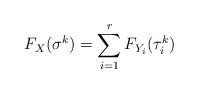
LaTeX: \begin{align*}F_X(\sigma^k) = \sum_{i=1}^r F_{Y_i}(\tau_i^k)\end{align*}